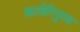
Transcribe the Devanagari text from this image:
कावेरिपुरम